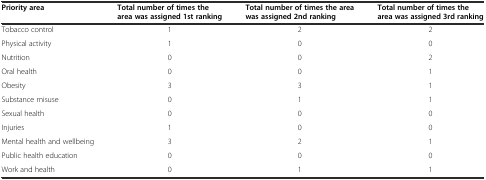
| Priority area | Total number of times the area was assigned 1st ranking | Total number of times the area was assigned 2nd ranking | Total number of times the area was assigned 3rd ranking |
 | --- | --- | --- | --- |
 | Tobacco control | 1 | 2 | 2 |
 | Physical activity | 1 | 0 | 0 |
 | Nutrition | 0 | 0 | 2 |
 | Oral health | 0 | 0 | 1 |
 | Obesity | 3 | 3 | 1 |
 | Substance misuse | 0 | 1 | 1 |
 | Sexual health | 0 | 0 | 0 |
 | Injuries | 1 | 0 | 0 |
 | Mental health and wellbeing | 3 | 2 | 1 |
 | Public health education | 0 | 0 | 0 |
 | Work and health | 0 | 1 | 1 |